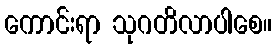
ကောင်းရာ သုဂတိလာပါစေ။